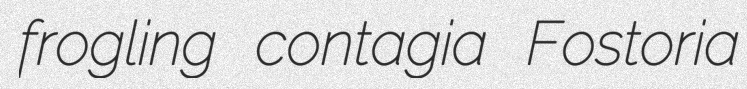
frogling contagia Fostoria